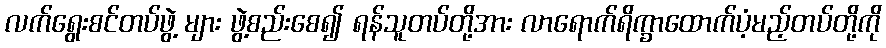
လက်ရွေးစင်တပ်ဖွဲ့ များ ဖွဲ့စည်းစေ၍ ရန်သူတပ်တို့အား လာရောက်ရိက္ခာထောက်ပံ့မည့်တပ်တို့ကို